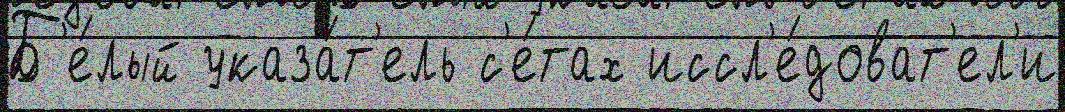
Б'е́лый указа́т'ель с'е́тах иссл'е́доват'ел'и